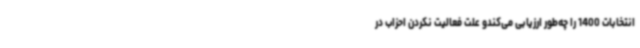
انتخابات 1400 را چه‌طور ارزیابی می‌کندو علت فعالیت نکردن احزاب در